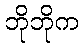
ဘိုဘိုက